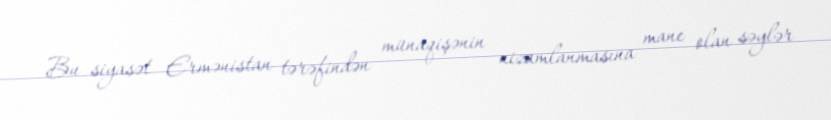
Bu siyasət Ermənistan tərəfindən münaqişənin nizamlanmasına mane olan səylər